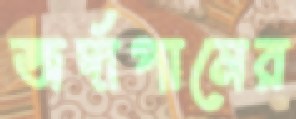
জর্দাপানের